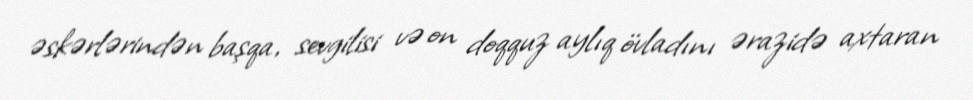
əskərlərindən başqa, sevgilisi və on doqquz aylıq övladını ərazidə axtaran